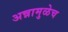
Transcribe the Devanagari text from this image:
अन्नामुळेच